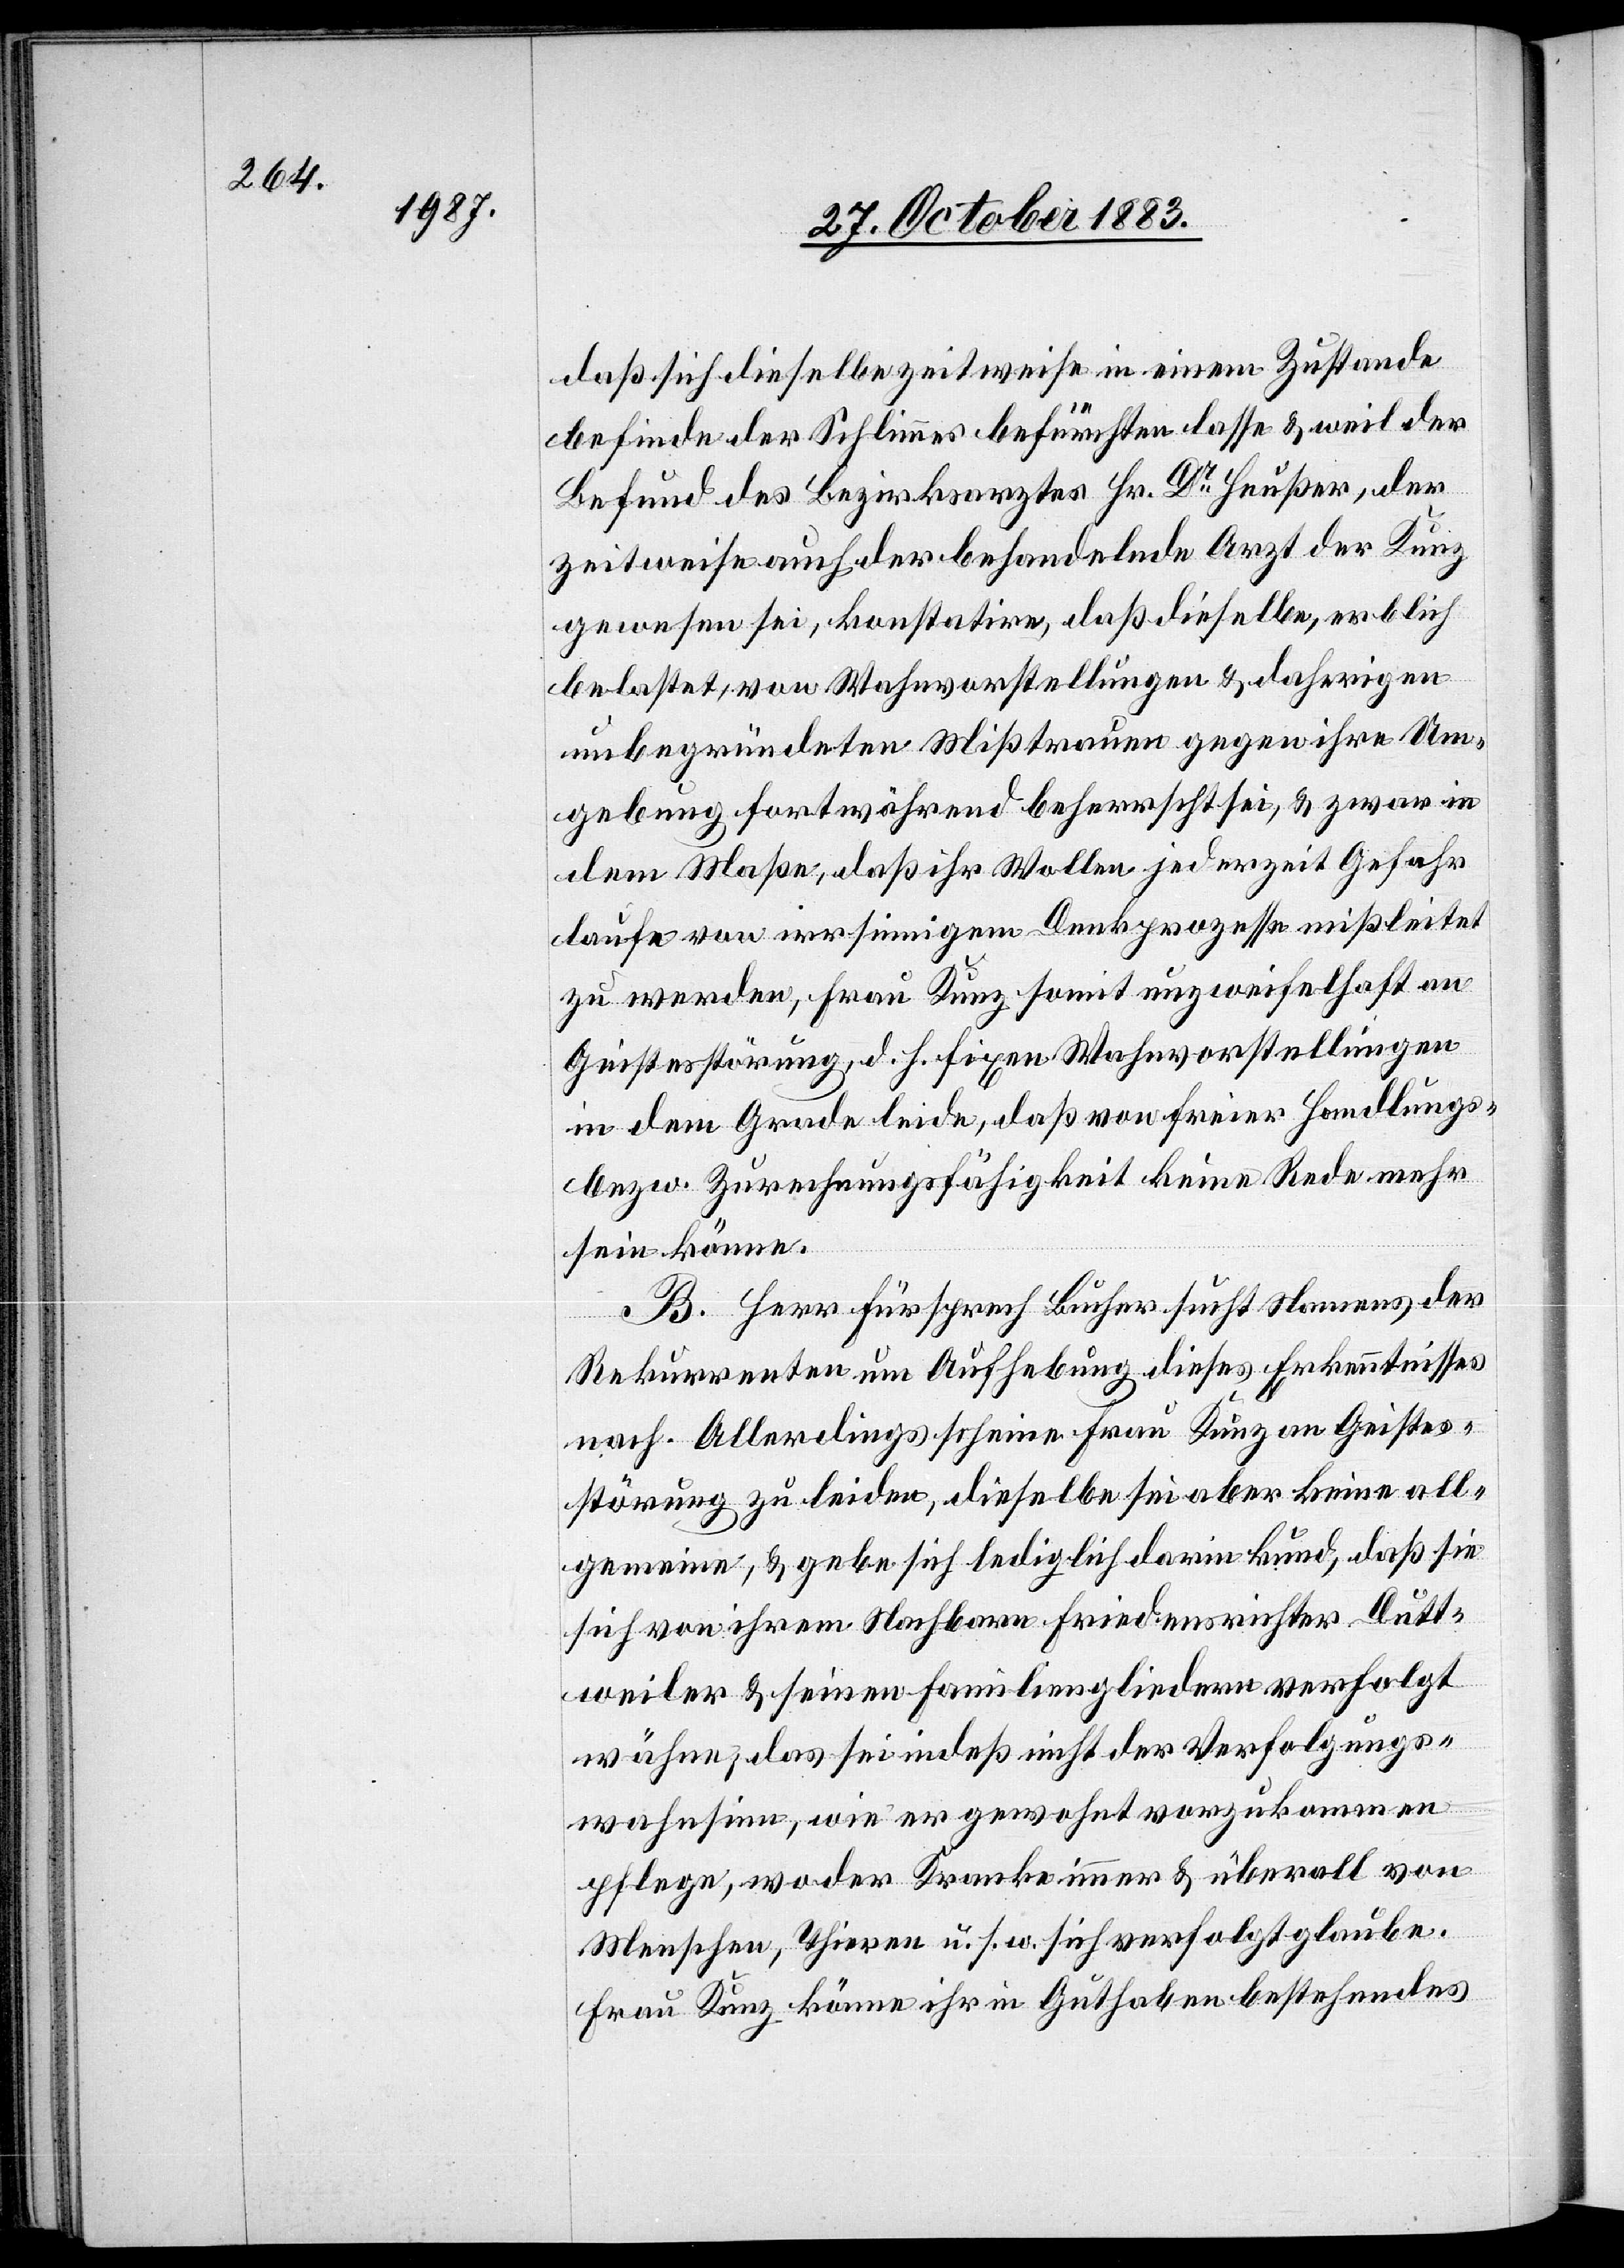
daß sich dieselbe zeitweise in einem Zustande
befinde der Schlimmes befürchten lasse & weil der
Befund des Bezirksarztes Hr. Dr Heußer, der
zeitweise auch der behandelnde Arzt der Kunz
gewesen sei, konstatire, daß dieselbe, erblich
belastet, von Wahnvorstellungen & daherigen
unbegründeten Mißtrauen gegen ihre Um¬
gebung fortwährend beherrscht sei, & zwar in
dem Maße, daß ihr Wollen jederzeit Gefahr
laufe von irrsinnigem Denkprozesse mißleitet
zu werden, Frau Kunz somit unzweifelhaft an
Geistesstörung, d. h. fixen Wahnvorstellungen
in dem Grade leide, daß von freier Handlungs-
bezw. Zurechnungsfähigkeit keine Rede mehr
sein könne.
B. Herr Fürsprech Bucher sucht Namens der
Rekurrenten um Aufhebung dieses Erkenntnisses
nach. Allerdings scheine Frau Kunz an Geistes¬
störung zu leiden, dieselbe sei aber keine all¬
gemeine, & gebe sich lediglich darin kund, daß sie
sich von ihrem Nachbarn Friedensrichter Dutt¬
weiler & seinen Familiengliedern verfolgt
wähne, das sei indeß nicht der Verfolgungs¬
wahnsinn, wie er gewohnt vorzukommen
pflege, wo der Kranke immer & überall von
Menschen, Thieren u. s. w. sich verfolgt glaube.
Frau Kunz könne ihr in Guthaben bestehendes